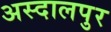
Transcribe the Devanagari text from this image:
अस्दालपुर